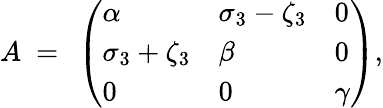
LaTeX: A\ =\ \left(\begin{array}{lll}{\alpha}&{\sigma_{3}-\zeta_{3}}&{0}\\ {\sigma_{3}+\zeta_{3}}&{\beta}&{0}\\ {0}&{0}&{\gamma}\end{array}\right),